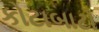
કોટાબાટો